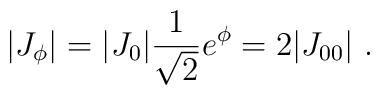
|J_{\phi} |  = | J_{0}|  {1\over  \sqrt 2} e^{\phi} = 2 | J_{0  0}|\ .